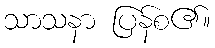
သာသနာ ပြန်စ၏။